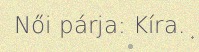
Női párja: Kíra.